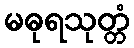
မဓုရသုတ္တံ